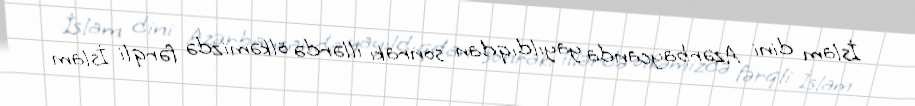
İslam dini Azərbaycanda yayıldıqdan sonrakı illərdə ölkəmizdə fərqli İslam